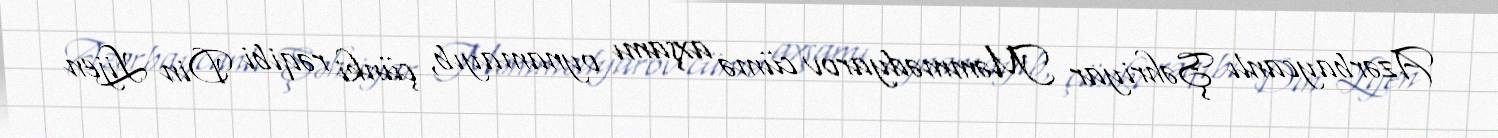
Azərbaycanlı Şəhriyar Məmmədyarov cümə axşamı oynamayıb, çünki rəqibi Din Lijen